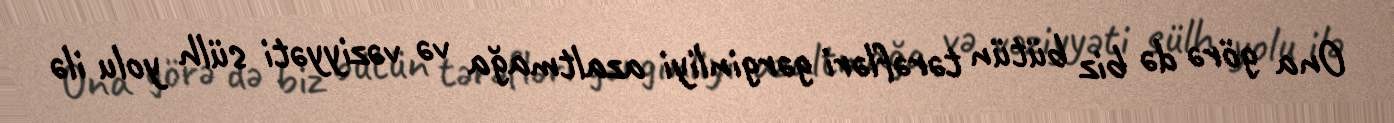
Ona görə də biz bütün tərəfləri gərginliyi azaltmağa və vəziyyəti sülh yolu ilə